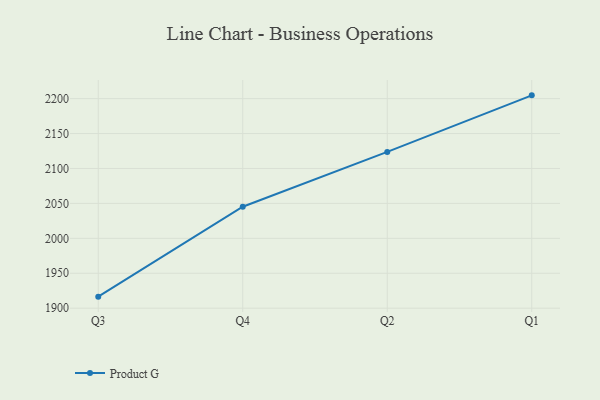
{"axis": {"x": "Quarter", "y": "Humidity (%)"}, "legend": ["Product G"], "data": [{"x": "Q3", "y": 1916.5, "type": "Product G"}, {"x": "Q4", "y": 2045.2, "type": "Product G"}, {"x": "Q2", "y": 2123.7, "type": "Product G"}, {"x": "Q1", "y": 2204.7, "type": "Product G"}]}